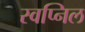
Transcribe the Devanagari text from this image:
स्‍वप्निल